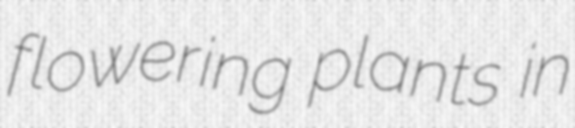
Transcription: flowering plants in